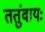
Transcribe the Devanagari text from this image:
ततुंवायः